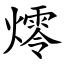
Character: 燯